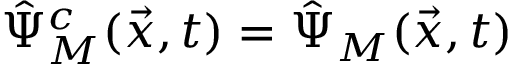
\hat { \Psi } _ { M } ^ { c } ( \vec { x } , t ) = \hat { \Psi } _ { M } ( \vec { x } , t )